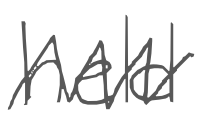
Text: held
Cross-out: mix
Writing tool: digital_gray